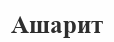
Ашарит